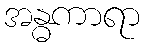
အန္ဓကာရာ